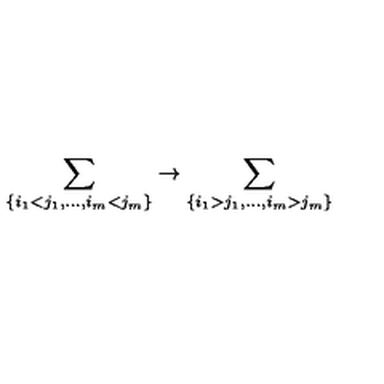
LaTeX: \sum _ { \{ i _ { 1 } < j _ { 1 } , \ldots , i _ { m } < j _ { m } \} } \rightarrow \sum _ { \{ i _ { 1 } > j _ { 1 } , \ldots , i _ { m } > j _ { m } \} }